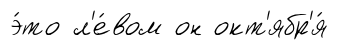
э́то л'е́вом он окт'ябр'я́